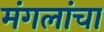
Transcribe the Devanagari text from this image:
मंगलांचा